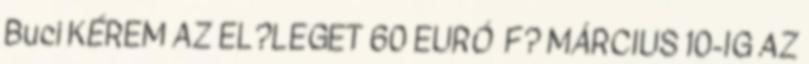
Buci KÉREM AZ EL?LEGET 60 EURÓ F? MÁRCIUS 10-IG AZ